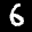
Label: 6